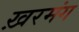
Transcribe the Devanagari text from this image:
ख़रमंग